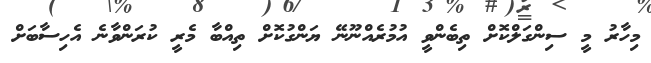
މިހާރު މީ ސިންގަލްކޮށް ތިބެންވީ އުމުރެއްނޫނޭ ޔަންގުކޮށް ތިއްބާ މެރީ ކުރަންވާނެ އެހިސާބަށް